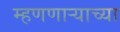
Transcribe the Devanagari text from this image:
म्हणणार्‍याच्या